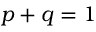
p + q = 1